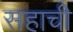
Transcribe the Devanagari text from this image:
सहाची